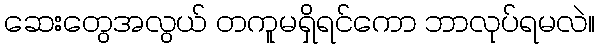
ဆေးတွေအလွယ် တကူမရှိရင်ကော ဘာလုပ်ရမလဲ။